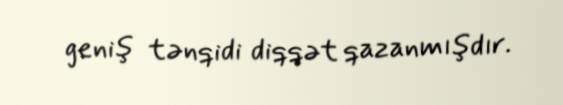
geniş tənqidi diqqət qazanmışdır.